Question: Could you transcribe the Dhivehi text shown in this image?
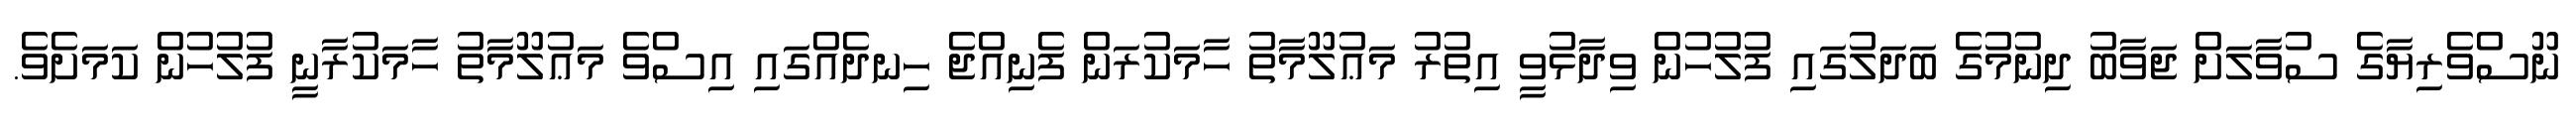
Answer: ނޫސްވެރިޔާގެ ސުވާލަށް ޖަވާބު ދިނުމުގެ ބަދަލުގައި ފުލުހުން ވިދާޅުވީ އިތުރު މަޢުލޫމާތު ހާމަކުރަން ފެނިއްޖެ ހިނދެއްގައި އިސްވެ މަޢުލޫމާތު ހާމަކުރާނީ ފުލުހުން ކަމަށެވެ.